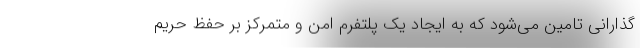
گذارانی تامین می‌شود که به ایجاد یک پلتفرم امن و متمرکز بر حفظ حریم